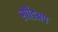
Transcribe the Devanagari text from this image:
स्पीडअप